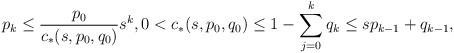
LaTeX: \begin{align*}p_k &\leq\frac{p_0}{c_*(s, p_0, q_0)} s^k,0 < c_*(s, p_0, q_0)\leq 1 - \sum_{j=0}^k \limits q_k \leq s p_{k-1} + q_{k-1},\end{align*}